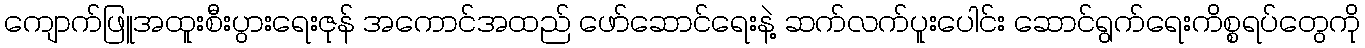
ကျောက်ဖြူအထူးစီးပွားရေးဇုန် အကောင်အထည် ဖော်ဆောင်ရေးနဲ့ ဆက်လက်ပူးပေါင်း ဆောင်ရွက်ရေးကိစ္စရပ်တွေကို